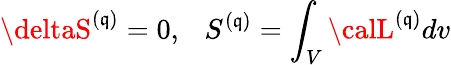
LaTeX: \deltaS^{(\mathfrak{q})}=0,\ \ \ S^{(\mathfrak{q})}=\int_{V}{\calL}^{(\mathfrak{q})}dv